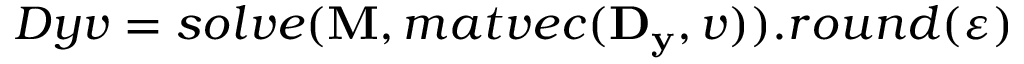
D y v = s o l v e ( \mathbf { M } , m a t v e c ( \mathbf { D _ { y } } , v ) ) . r o u n d ( \varepsilon )